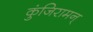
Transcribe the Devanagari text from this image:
कुंजिरामन्